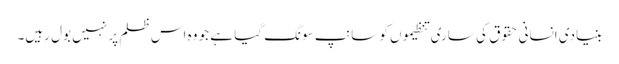
بنیادی انسانی حقوق کی ساری تنظیموں کو سانپ سونگ گیا ہے جو وہ اس ظلم پر نہیں بول رہیں۔